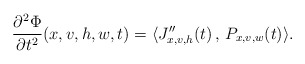
\begin{align*}\frac{\partial^2\Phi}{\partial t^2 }(x,v,h,w,t)=\langle J_{x,v,h}''(t)\, , \, P_{x,v,w}(t) \rangle.\end{align*}